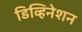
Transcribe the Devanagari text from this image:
डिव्हिनेशन